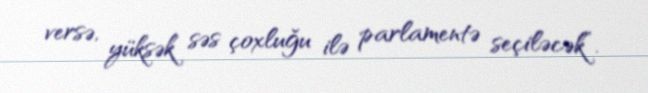
versə, yüksək səs çoxluğu ilə parlamentə seçiləcək”.